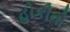
હોકીનો